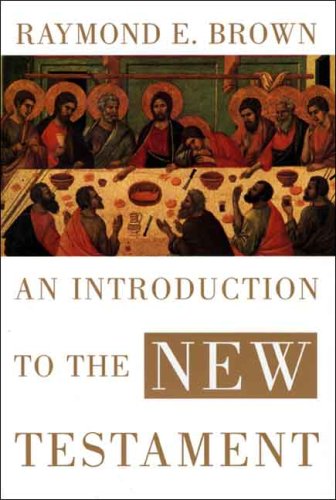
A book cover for An Introduction to the New Testament (The Anchor Yale Bible Reference Library); Raymond E. Brown; Christian Books & Bibles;